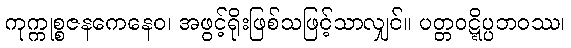
ကုက္ကုစ္စဇနကေနေဝ၊ အဖွင့်ရိုးဖြစ်သဖြင့်သာလျှင်။ ပတ္တဝဋ္ဋိပ္ပဘဝဿ၊